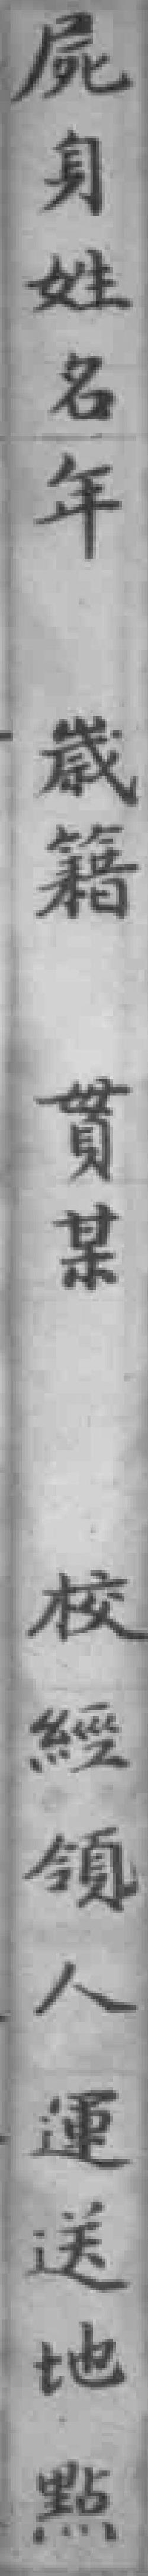
屍身姓名年𡻕籍貫某校經領人運送地點